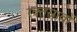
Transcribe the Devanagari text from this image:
रक्‍तस्रावों